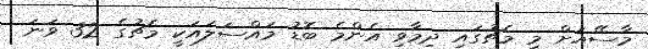
މާސޭއަށް މި މެޗުގައި ދިމާވި އެންމެ ބޮޑު މައްސަލައަކީ މެޗުގެ 32 ވަނަ